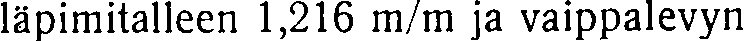
läpimitalleen 1,216 m/m ja vaippalevyn